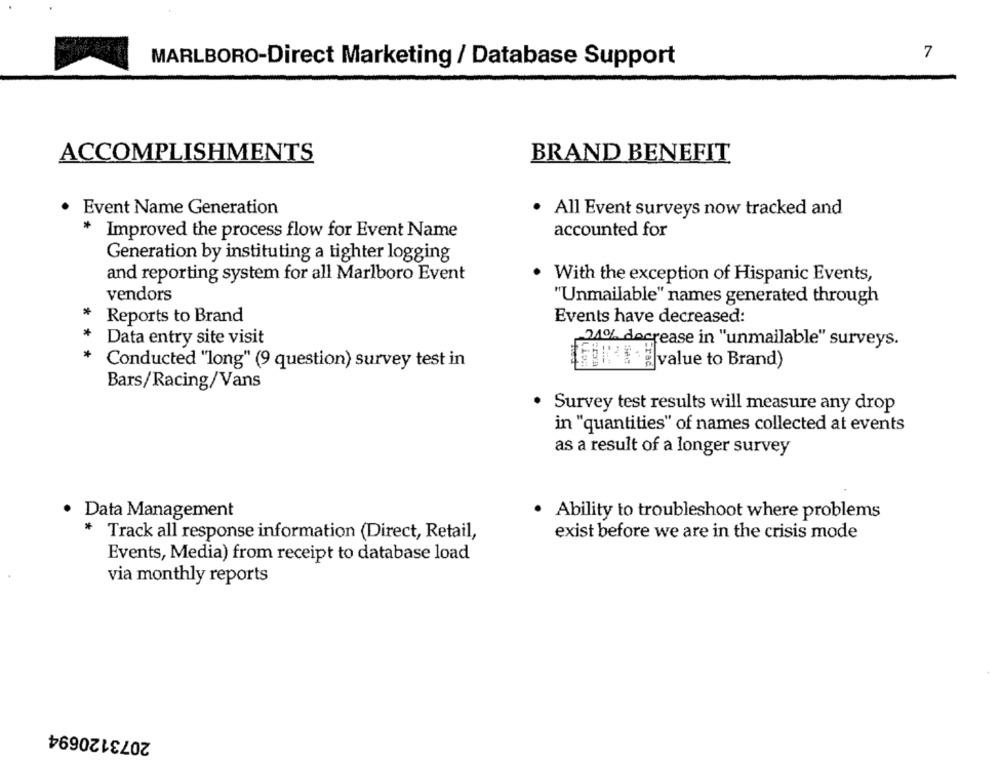
7
MARLBORO-Direct Marketing / Database Support
ACCOMPLISHMENTS
BRAND BENEFIT
Event Name Generation
All Event surveys now tracked and
Improved the process flow for Event Name
accounted for
Generation by instituting a tighter logging
and reporting system for all Marlboro Event
With the exception of Hispanic Events,
vendors
"Unmailable" names generated through
*
Reports to Brand
Events have decreased:
*
Data entry site visit
24% decrease in "unmailable" surveys.
* Conducted "long" (9 question) survey test in
lavalue to Brand)
Bars/Racing/Vans
Survey test results will measure any drop
in "quantities" of names collected at events
as a result of a longer survey
Data Management
· Ability to troubleshoot where problems
* Track all response information (Direct, Retail,
exist before we are in the crisis mode
Events, Media) from receipt to database load
via monthly reports
2073120694